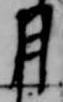
月